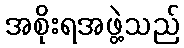
အစိုးရအဖွဲ့သည်